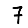
Digit: 7